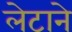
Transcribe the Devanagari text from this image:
लेटाने